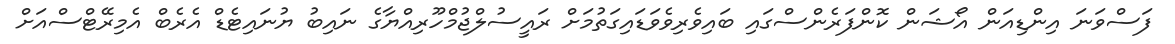
ފަސްވަނަ އިންޑިއަން އޯޝަން ކޮންފަރެންސްގައި ބައިވެރިވެވަޑައިގަތުމަށް ރައީސުލްޖުމްހޫރިއްޔާގެ ނައިބު ޔުނައިޓެޑް އެރެބް އެމިރޭޓްސްއަށް